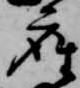
座